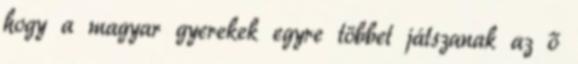
hogy a magyar gyerekek egyre többet játszanak az ő